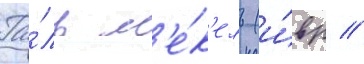
Га́ль м'е́к'ель (и́вр //